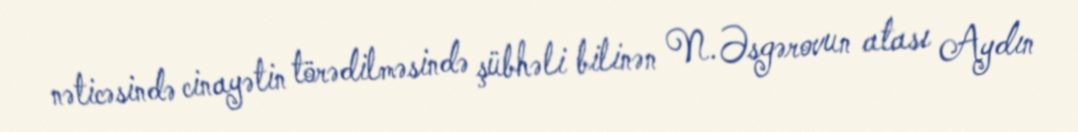
nəticəsində cinayətin törədilməsində şübhəli bilinən N.Əsgərovun atası Aydın